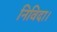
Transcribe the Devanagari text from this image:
निविदा।